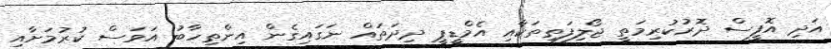
އަދި އޮފީސް ދޮރުކުރިމަތީ ޖޯލިފަތިތަކާއި އެމްޑީޕީ ދިދަތައް ނަގައިގެން އިންތިހާބު އަވަސް ކުރުމަށާއި